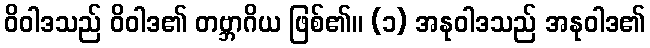
ဝိဝါဒသည် ဝိဝါဒ၏ တဗ္ဘာဂိယ ဖြစ်၏။ (၁) အနုဝါဒသည် အနုဝါဒ၏